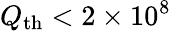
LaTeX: Q_{\mathrm{th}}<2\times 10^{8}